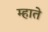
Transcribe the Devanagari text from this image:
म्हाते